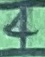
Text: 4